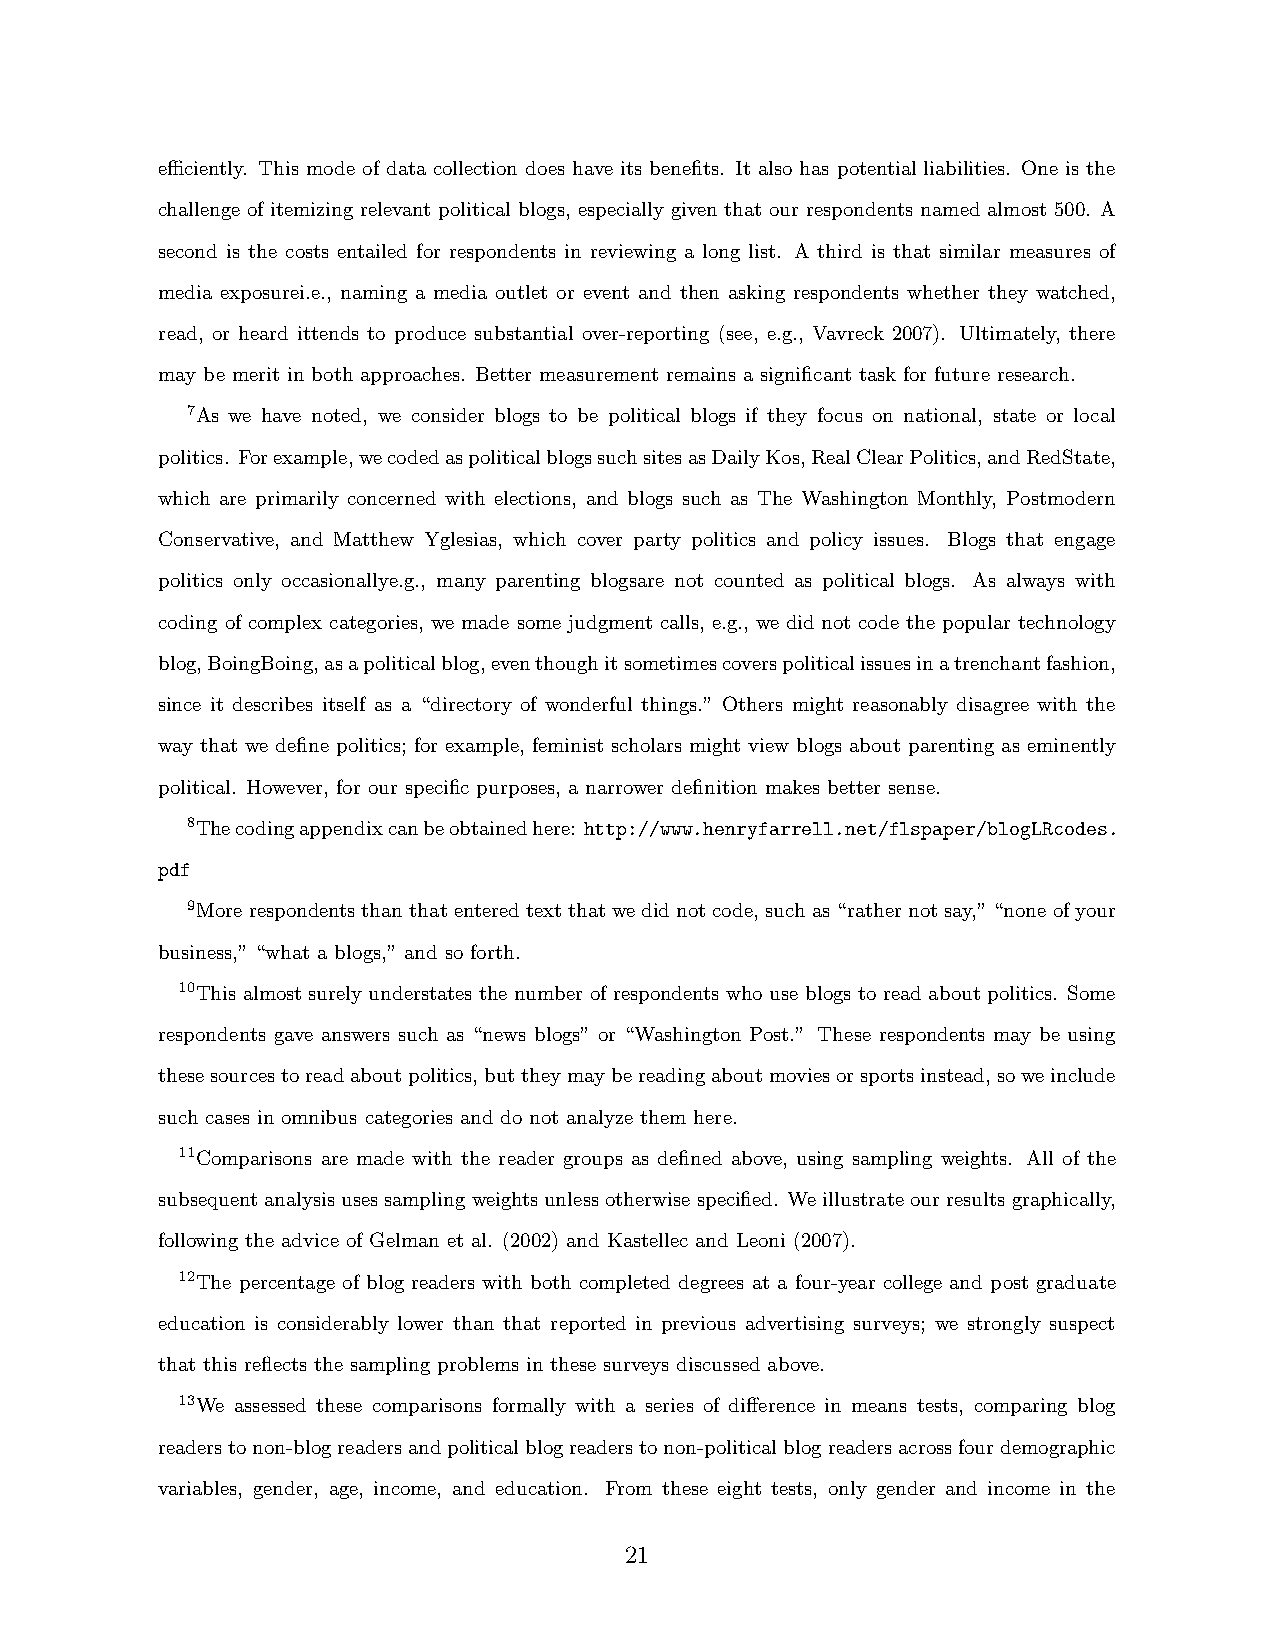
efficiently. This mode of data collection does have its benefits. It also has potential liabilities. One is the
 challenge of itemizing relevant political blogs, especially given that our respondents named almost 500. A
 second is the costs entailed for respondents in reviewing a long list. A third is that similar measures of
 media exposurei.e., naming a media outlet or event and then asking respondents whether they watched,
 read, or heard ittends to produce substantial over-reporting (see, e.g., Vavreck 2007). Ultimately, there
 may be merit in both approaches. Better measurement remains a significant task for future research.
 7As we have noted, we consider blogs to be political blogs if they focus on national, state or local
 politics. Forexample,wecodedaspoliticalblogssuchsitesasDailyKos,RealClearPolitics,andRedState,
 which are primarily concerned with elections, and blogs such as The Washington Monthly, Postmodern
 Conservative, and Matthew Yglesias, which cover party politics and policy issues. Blogs that engage
 politics only occasionallye.g., many parenting blogsare not counted as political blogs. As always with
 coding of complex categories, we made some judgment calls, e.g., we did not code the popular technology
 blog,BoingBoing,asapoliticalblog,eventhoughitsometimescoverspoliticalissuesinatrenchantfashion,
 since it describes itself as a “directory of wonderful things.” Others might reasonably disagree with the
 way that we define politics; for example, feminist scholars might view blogs about parenting as eminently
 political. However, for our specific purposes, a narrower definition makes better sense.
 8Thecodingappendixcanbeobtainedhere: http://www.henryfarrell.net/flspaper/blogLRcodes.
 pdf
 9Morerespondentsthanthatenteredtextthatwedidnotcode,suchas“rathernotsay,”“noneofyour
 business,” “what a blogs,” and so forth.
 10This almost surely understates the number of respondents who use blogs to read about politics. Some
 respondents gave answers such as “news blogs” or “Washington Post.” These respondents may be using
 thesesourcestoreadaboutpolitics,buttheymaybereadingaboutmoviesorsportsinstead,soweinclude
 such cases in omnibus categories and do not analyze them here.
 11Comparisons are made with the reader groups as defined above, using sampling weights. All of the
 subsequentanalysisusessamplingweightsunlessotherwisespecified. Weillustrateourresultsgraphically,
 following the advice of Gelman et al. (2002) and Kastellec and Leoni (2007).
 12The percentage of blog readers with both completed degrees at a four-year college and post graduate
 education is considerably lower than that reported in previous advertising surveys; we strongly suspect
 that this reflects the sampling problems in these surveys discussed above.
 13We assessed these comparisons formally with a series of difference in means tests, comparing blog
 readerstonon-blogreadersandpoliticalblogreaderstonon-politicalblogreadersacrossfourdemographic
 variables, gender, age, income, and education. From these eight tests, only gender and income in the
 21